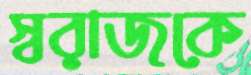
স্বরাজকে